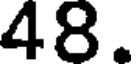
48.